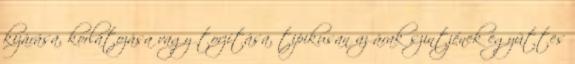
kizárása, korlátozása vagy torzítása, tipikusan az árak szintjének együttes